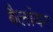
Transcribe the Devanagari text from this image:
बैलांवर